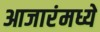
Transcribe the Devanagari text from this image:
आजारंमध्ये